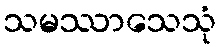
သမဿာသေသုံ